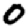
Digit: 0